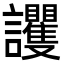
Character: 𧮞